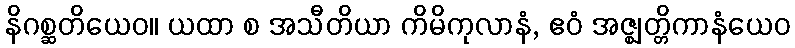
နိဂစ္ဆတိယေဝ။ ယထာ စ အသီတိယာ ကိမိကုလာနံ, ဧဝံ အဇ္ဈတ္တိကာနံယေဝ